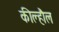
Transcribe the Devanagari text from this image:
कील्हौल